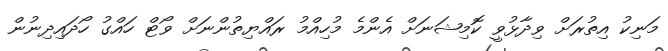
މަނިކު އިތުރަށް ވިދާޅުވީ ކޮމިޝަނަށް އެންމެ މުހިއްމު ރައްޔިތުންނަށް ވޯޓް ހައްގު ހޯދައިދިނުން